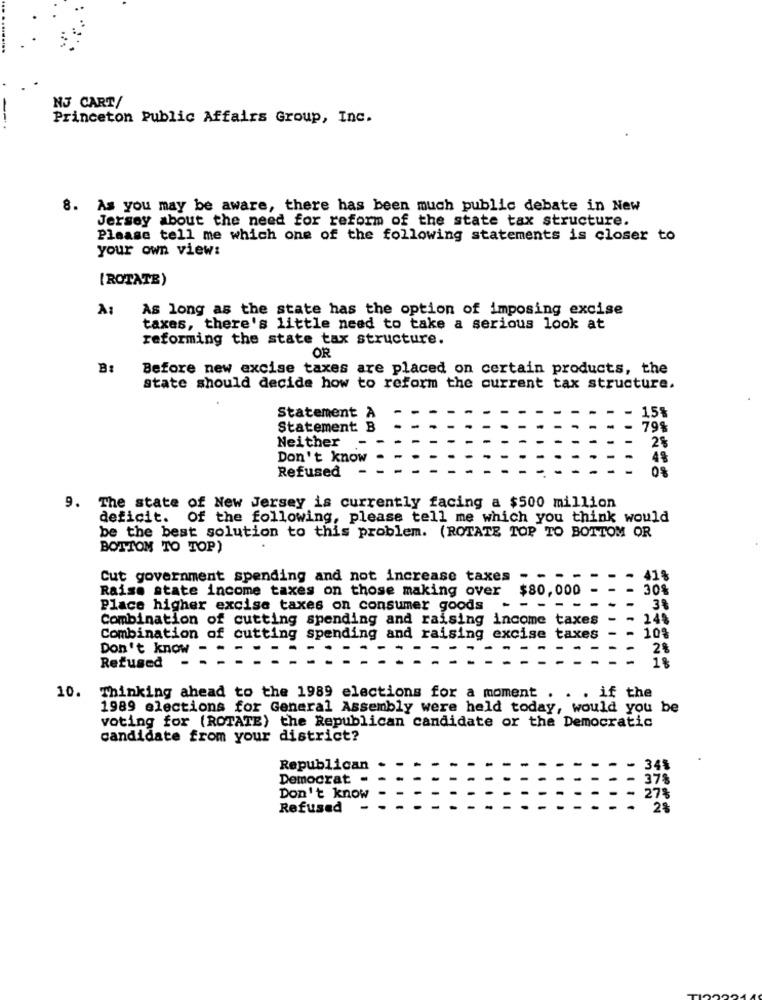
NJ CART/
Princeton Public Affairs Group, Inc.
8. As you may be aware, there has been much public debate in New
Jersey about the need for reform of the state tax structure.
Please tell me which one of the following statements is closer to
your own view:
[ROTATE)
A:
As long as the state has the option of imposing excise
taxes, there's little need to take a serious look at
reforming the state tax structure.
OR
B:
Before new excise taxes are placed on certain products, the
state should decide how to reform the current tax structure.
15%
Statement A
Statement B
798
Neither
2%
Don't know
Refused
9. The state of New Jersey is currently facing a $500 million
deficit.
Of the following, please tell me which you think would
be the best solution to this problem. (ROTATE TOP TO BOTTOM OR
BOTTOM TO TOP)
Cut government spending and not increase taxes
41%
Raise state income taxes on those making over
$80,000
30%
Place higher excise taxes on consumer goods
- - -
3%
Combination of cutting spending and raising income taxes
249
Combination of cutting spending and raising excise taxes
10%
Don't know
- --
28
1%
Režused
10.
Thinking ahead to the 1989 elections for a moment . . . if the
1989 elections for General Assembly were held today, would you be
voting for (ROTATE) the Republican candidate or the Democratic
candidate from your district?
Republican
34%
Democrat -
- 37%
Don't know
- 27%
Refused
2%